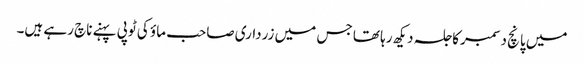
میں پانچ دسمبر کا جلسہ دیکھ رہا تھا جس میں زرداری صاحب ماؤ کی ٹوپی پہنے ناچ رہے ہیں۔